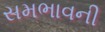
સમભાવની